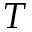
T